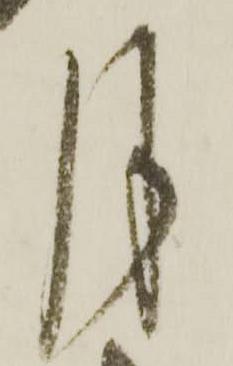
月